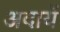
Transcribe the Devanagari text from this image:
अदायें